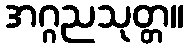
အဂ္ဂညသုတ္တ။